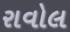
રાવોલ